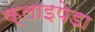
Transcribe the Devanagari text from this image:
क्लाइपेडा